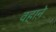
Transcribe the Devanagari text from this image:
वहाने